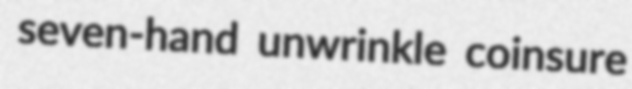
seven-hand unwrinkle coinsure